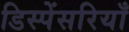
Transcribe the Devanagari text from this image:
डिस्पेंसरियाँ